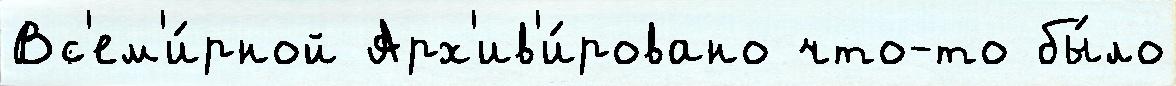
Вс'ем'и́рной Арх'ив'и́ровано что-то бы́ло